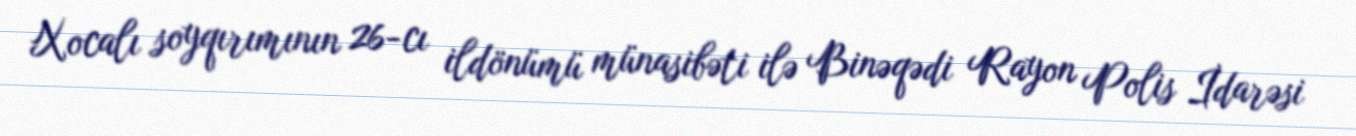
Xocalı soyqırımının 26-cı ildönümü münasibəti ilə Binəqədi Rayon Polis İdarəsi